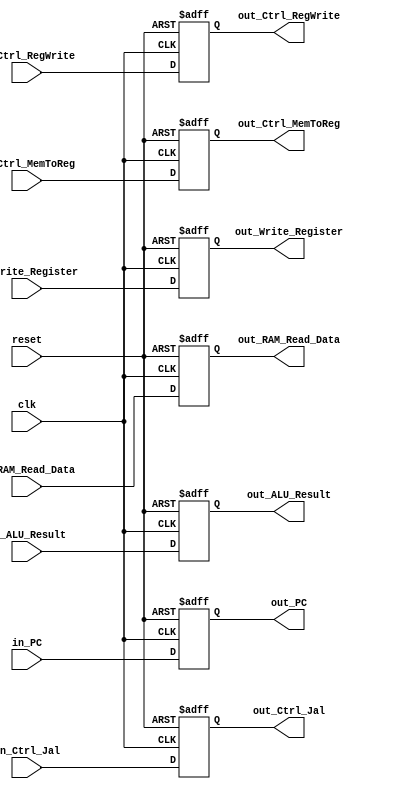
module MEM_WB_Register(
  input clk,
  input reset,
  input [31:0] in_PC,
  input in_Ctrl_Jal,
  input in_Ctrl_RegWrite,
  input in_Ctrl_MemToReg,
  input [31:0] in_RAM_Read_Data,
  input [31:0] in_ALU_Result,
  input [4:0]  in_Write_Register,
  
  output reg [31:0] out_PC,
  output reg out_Ctrl_Jal,
  output reg out_Ctrl_RegWrite,
  output reg out_Ctrl_MemToReg,
  output reg [31:0] out_RAM_Read_Data,
  output reg [31:0] out_ALU_Result,
  output reg [4:0]  out_Write_Register
);
  
  always @(negedge reset or posedge  clk) begin
  if(reset==0) 
    begin
      out_PC                <= 0;
      out_Ctrl_Jal          <= 0;
      out_Ctrl_RegWrite     <= 0;
      out_Ctrl_MemToReg     <= 0;
      out_RAM_Read_Data     <= 0; 
      out_ALU_Result        <= 0;
      out_Write_Register    <= 0;
    end 
  else
    begin
      out_PC                <= in_PC;
      out_Ctrl_Jal          <= in_Ctrl_Jal;
      out_Ctrl_RegWrite     <= in_Ctrl_RegWrite;
      out_Ctrl_MemToReg     <= in_Ctrl_MemToReg;
      out_RAM_Read_Data     <= in_RAM_Read_Data;  
      out_ALU_Result        <= in_ALU_Result;
      out_Write_Register    <= in_Write_Register;
    end
  end
endmodule